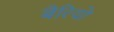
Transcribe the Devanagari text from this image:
बैरियो